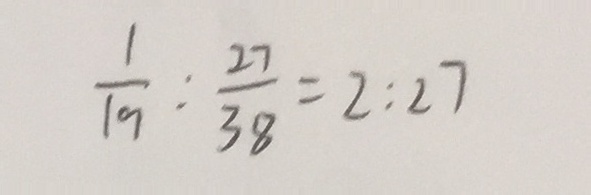
\frac { 1 } { 1 9 } : \frac { 2 7 } { 3 8 } = 2 : 2 7